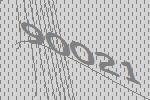
90021